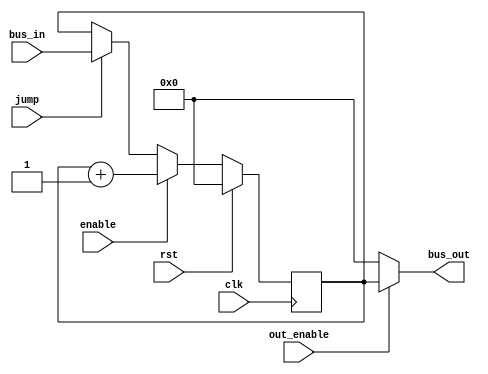
module pcounter(
  input rst,
  input clk,
  input enable,
  input jump,
  input out_enable,
  input [ADDRESS_WIDTH-1 : 0] bus_in,
  output [ADDRESS_WIDTH-1 : 0] bus_out);

  parameter ADDRESS_WIDTH = 4;
  reg [ADDRESS_WIDTH-1 : 0] counter;

  assign bus_out = (out_enable) ? counter : 0;

  always @(posedge clk) begin
    if (rst) begin
      counter <= 0;
    end else begin
      if (enable) begin
        counter <= counter + 1;
      end else if (jump) begin
        counter <= bus_in;
      end
    end
  end
endmodule